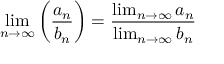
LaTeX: \operatorname* { l i m } _ { n \to \infty } \left( { \frac { a _ { n } } { b _ { n } } } \right) = { \frac { \operatorname* { l i m } _ { n \to \infty } a _ { n } } { \operatorname* { l i m } _ { n \to \infty } b _ { n } } }